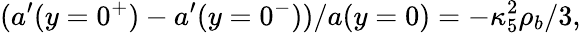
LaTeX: (a^{\prime}(y=0^{+})-a^{\prime}(y=0^{-}))/a(y=0)=-\kappa_{5}^{2}\rho_{b}/3,